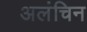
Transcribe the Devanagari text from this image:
अलंचिन